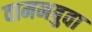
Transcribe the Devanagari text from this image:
वामनबुवा